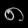
Digit: ၈